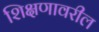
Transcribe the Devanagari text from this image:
शिक्षणावरील